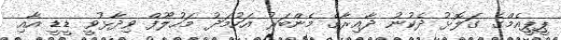
ޕީޕީއެމްގެ ގަލޮޅު ދެކުނު ދާއިރާގެ މެންބަރު އަހުމަދު މަހުލޫފް ވިދާޅުވީ ޑީޑީ އާއި